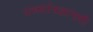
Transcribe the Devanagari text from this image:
उच्चतंत्रज्ञानाशी